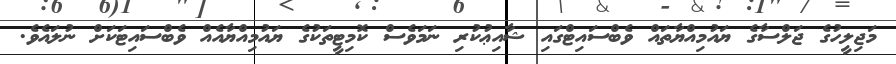
މަޖިލީހުގެ ޖަލްސާގެ ޔައުމިއްޔާތައް ވެބްސައިޓްގައި ޝާއިޢުކުރި ނަމަވެސް ކޮމިޓީތަކުގެ ޔައުމިއްޔާއެއް ވެބްސައިޓަކަށް ނުލައެވެ.